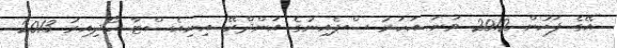
އޭގެ ފަހުން 2012 ވަނަ އަހަރު ސްޕެއިނުގެ އަންދްރޭ އިނިއެސްޓާ ހޯދިއިރު 2013